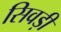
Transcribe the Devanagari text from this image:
सिवड़ी